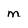
Character: m